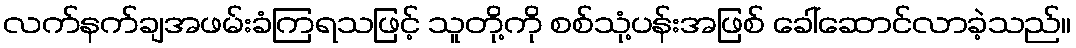
လက်နက်ချအဖမ်းခံကြရသဖြင့် သူတို့ကို စစ်သုံ့ပန်းအဖြစ် ခေါ်ဆောင်လာခဲ့သည်။